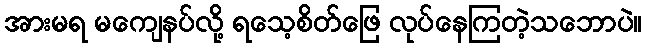
အားမရ မကျေနပ်လို့ ရသေ့စိတ်ဖြေ လုပ်နေကြတဲ့သဘောပဲ။